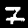
Digit: 7